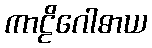
ကာဠိဂေါဓာယ